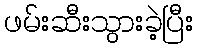
ဖမ်းဆီးသွားခဲ့ပြီး